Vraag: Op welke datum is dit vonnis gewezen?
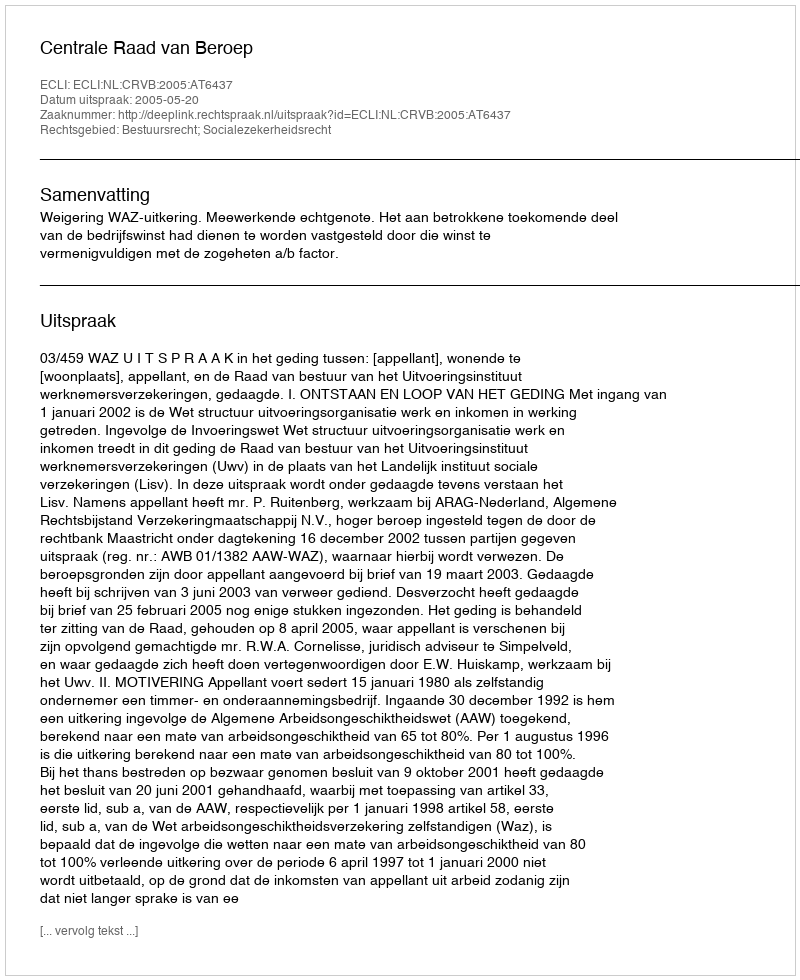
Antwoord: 2005-05-20